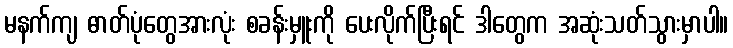
မနက်ကျ ဓာတ်ပုံတွေအားလုံး စခန်းမှူးကို ပေးလိုက်ပြီးရင် ဒါတွေက အဆုံးသတ်သွားမှာပါ။